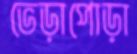
ভেড়াপোড়া